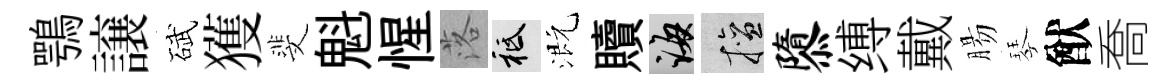
鶚譲碔獲斐魁惺落祇溉贖誨擅隳缚戴腸琴猷喬